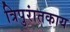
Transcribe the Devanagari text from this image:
त्रिपुरांतकाय